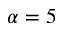
\alpha = 5